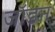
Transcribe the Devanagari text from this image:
जॉडन